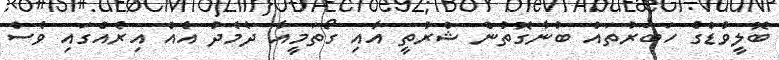
ބޮލީވުޑްގެ ހަބަރުތައް ބުނާގޮތުން ޝްރުތީ އާއި ގޯތަމީއާ ދެމެދު އެއް އިރެއްގައި ވެސް